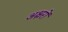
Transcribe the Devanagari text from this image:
अक्ष्ररों